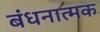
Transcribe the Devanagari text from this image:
बंधनात्मक